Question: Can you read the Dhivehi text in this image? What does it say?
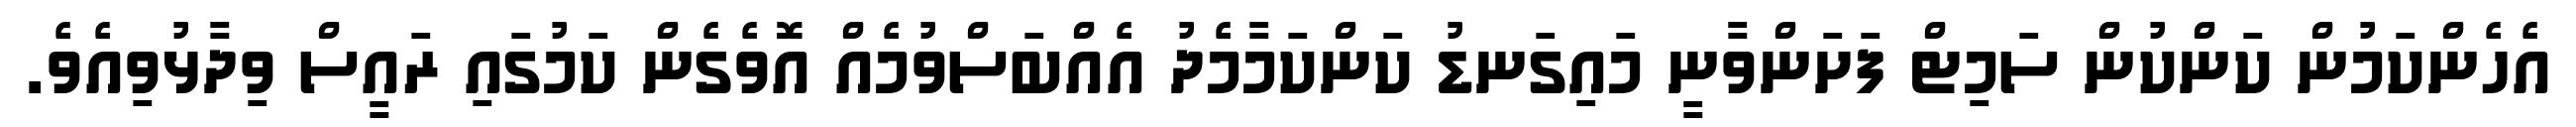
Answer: އެހެންކަމުން ކަންކުން ސަމިޓް ފަށަންވާނީ މައިގަނޑު ކަންކަމާމެދު އެއްބަސްވުމެއް އޮވެގެން ކަމުގައި ރައީސް ވިދާޅުވިއެވެ.